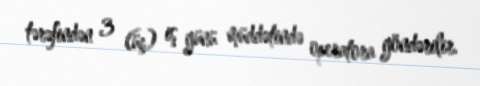
tərəfindən 3 (üç) iş günü müddətində operatora göndərilir.